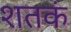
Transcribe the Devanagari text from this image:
शतकं